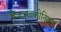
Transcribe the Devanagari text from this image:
बेंजअल्कोनियम